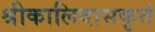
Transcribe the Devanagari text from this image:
श्रीकालिदासकृतं